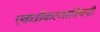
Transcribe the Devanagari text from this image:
एकत्रीकरणाविषयी